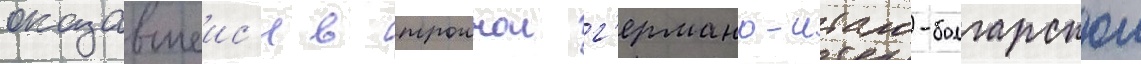
оказавшеис'я в троинои г'ермано-итало-болгарскои